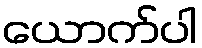
ယောက်ပါ